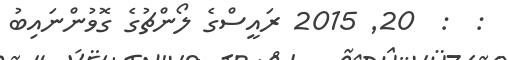
:  :  20